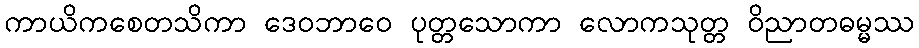
ကာယိကစေတသိကာ ဒေဝဘာဝေ ပုတ္တသောကာ လောကသုတ္တ ဝိညာတဓမ္မဿ